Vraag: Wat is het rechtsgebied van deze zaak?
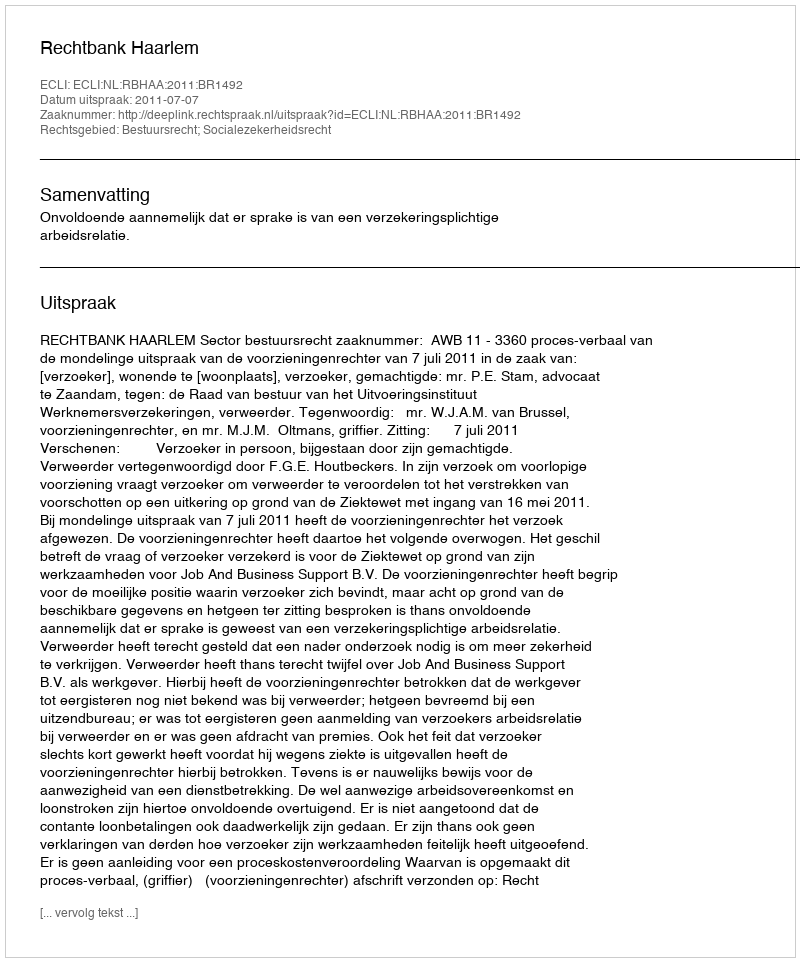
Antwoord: Bestuursrecht; Socialezekerheidsrecht